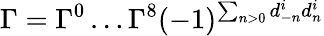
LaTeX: \Gamma=\Gamma^{0}\ldots\Gamma^{8}(-1)^{\sum_{n>0}d_{-n}^{i}d_{n}^{i}}